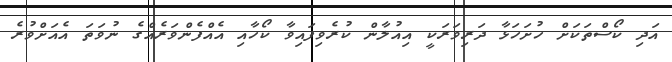
އަދި ކޯސްތަކަށް ހުށަހަޅާ ދަރިވަރަކީ އިއުލާން ކުރެވިފައިވާ ކޯހާއި އެއްފެންވަރެއްގެ ނުވަތަ އެއަށްވުރެ